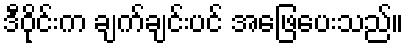
ဒီဝိုင်းက ချက်ချင်းပင် အဖြေပေးသည်။